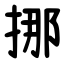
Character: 挪